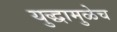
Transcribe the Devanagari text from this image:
युद्धामुळेच